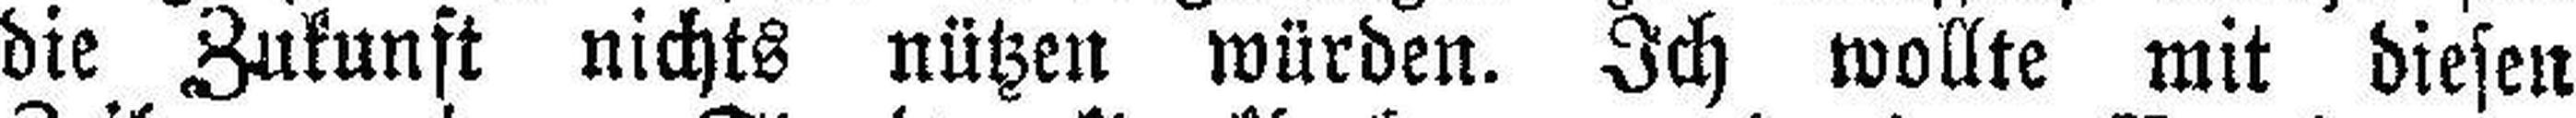
die Zukunft nichts nützen würden. Ich wollte mit diesen